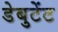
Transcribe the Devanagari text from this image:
डेबुटेंट